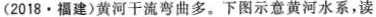
(2018·福建)黄河干流弯曲多。下图示意黄河水系，读